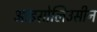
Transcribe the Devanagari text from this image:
आइसोलिउसीन